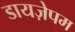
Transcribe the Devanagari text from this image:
डायज़ेपम